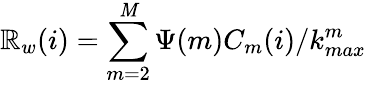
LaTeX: \mathbb{R}_{w}(i)=\sum_{m=2}^{\mathit{M}}\Psi(m)C_{m}(i)/k_{max}^{m}